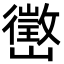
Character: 㠞